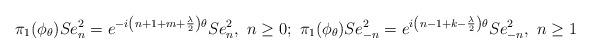
LaTeX: \begin{align*}\pi_{1}(\phi_{\theta})Se_{n}^{2} = e^{-i \left( n + 1 + m + \frac{\lambda}{2} \right) \theta} Se_{n}^{2},\,\, n \geq 0;\,\, \pi_{1}(\phi_{\theta})Se_{-n}^{2} = e^{i \left( n - 1 + k - \frac{\lambda}{2} \right) \theta} Se_{-n}^{2},\,\, n\geq 1\end{align*}